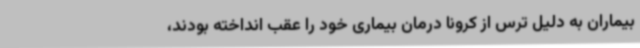
بیماران به دلیل ترس از کرونا درمان بیماری خود را عقب انداخته بودند،